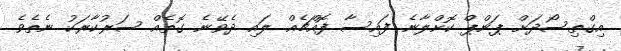
އިގްތިސޯދަށް ޕަންޕް ކޮށްލާނެ ފައިސާ ފޮއްޗެއް ލައި ދެވޭނެ ގޮތެއް ސަރުކާރަކު ނެތެވެ.